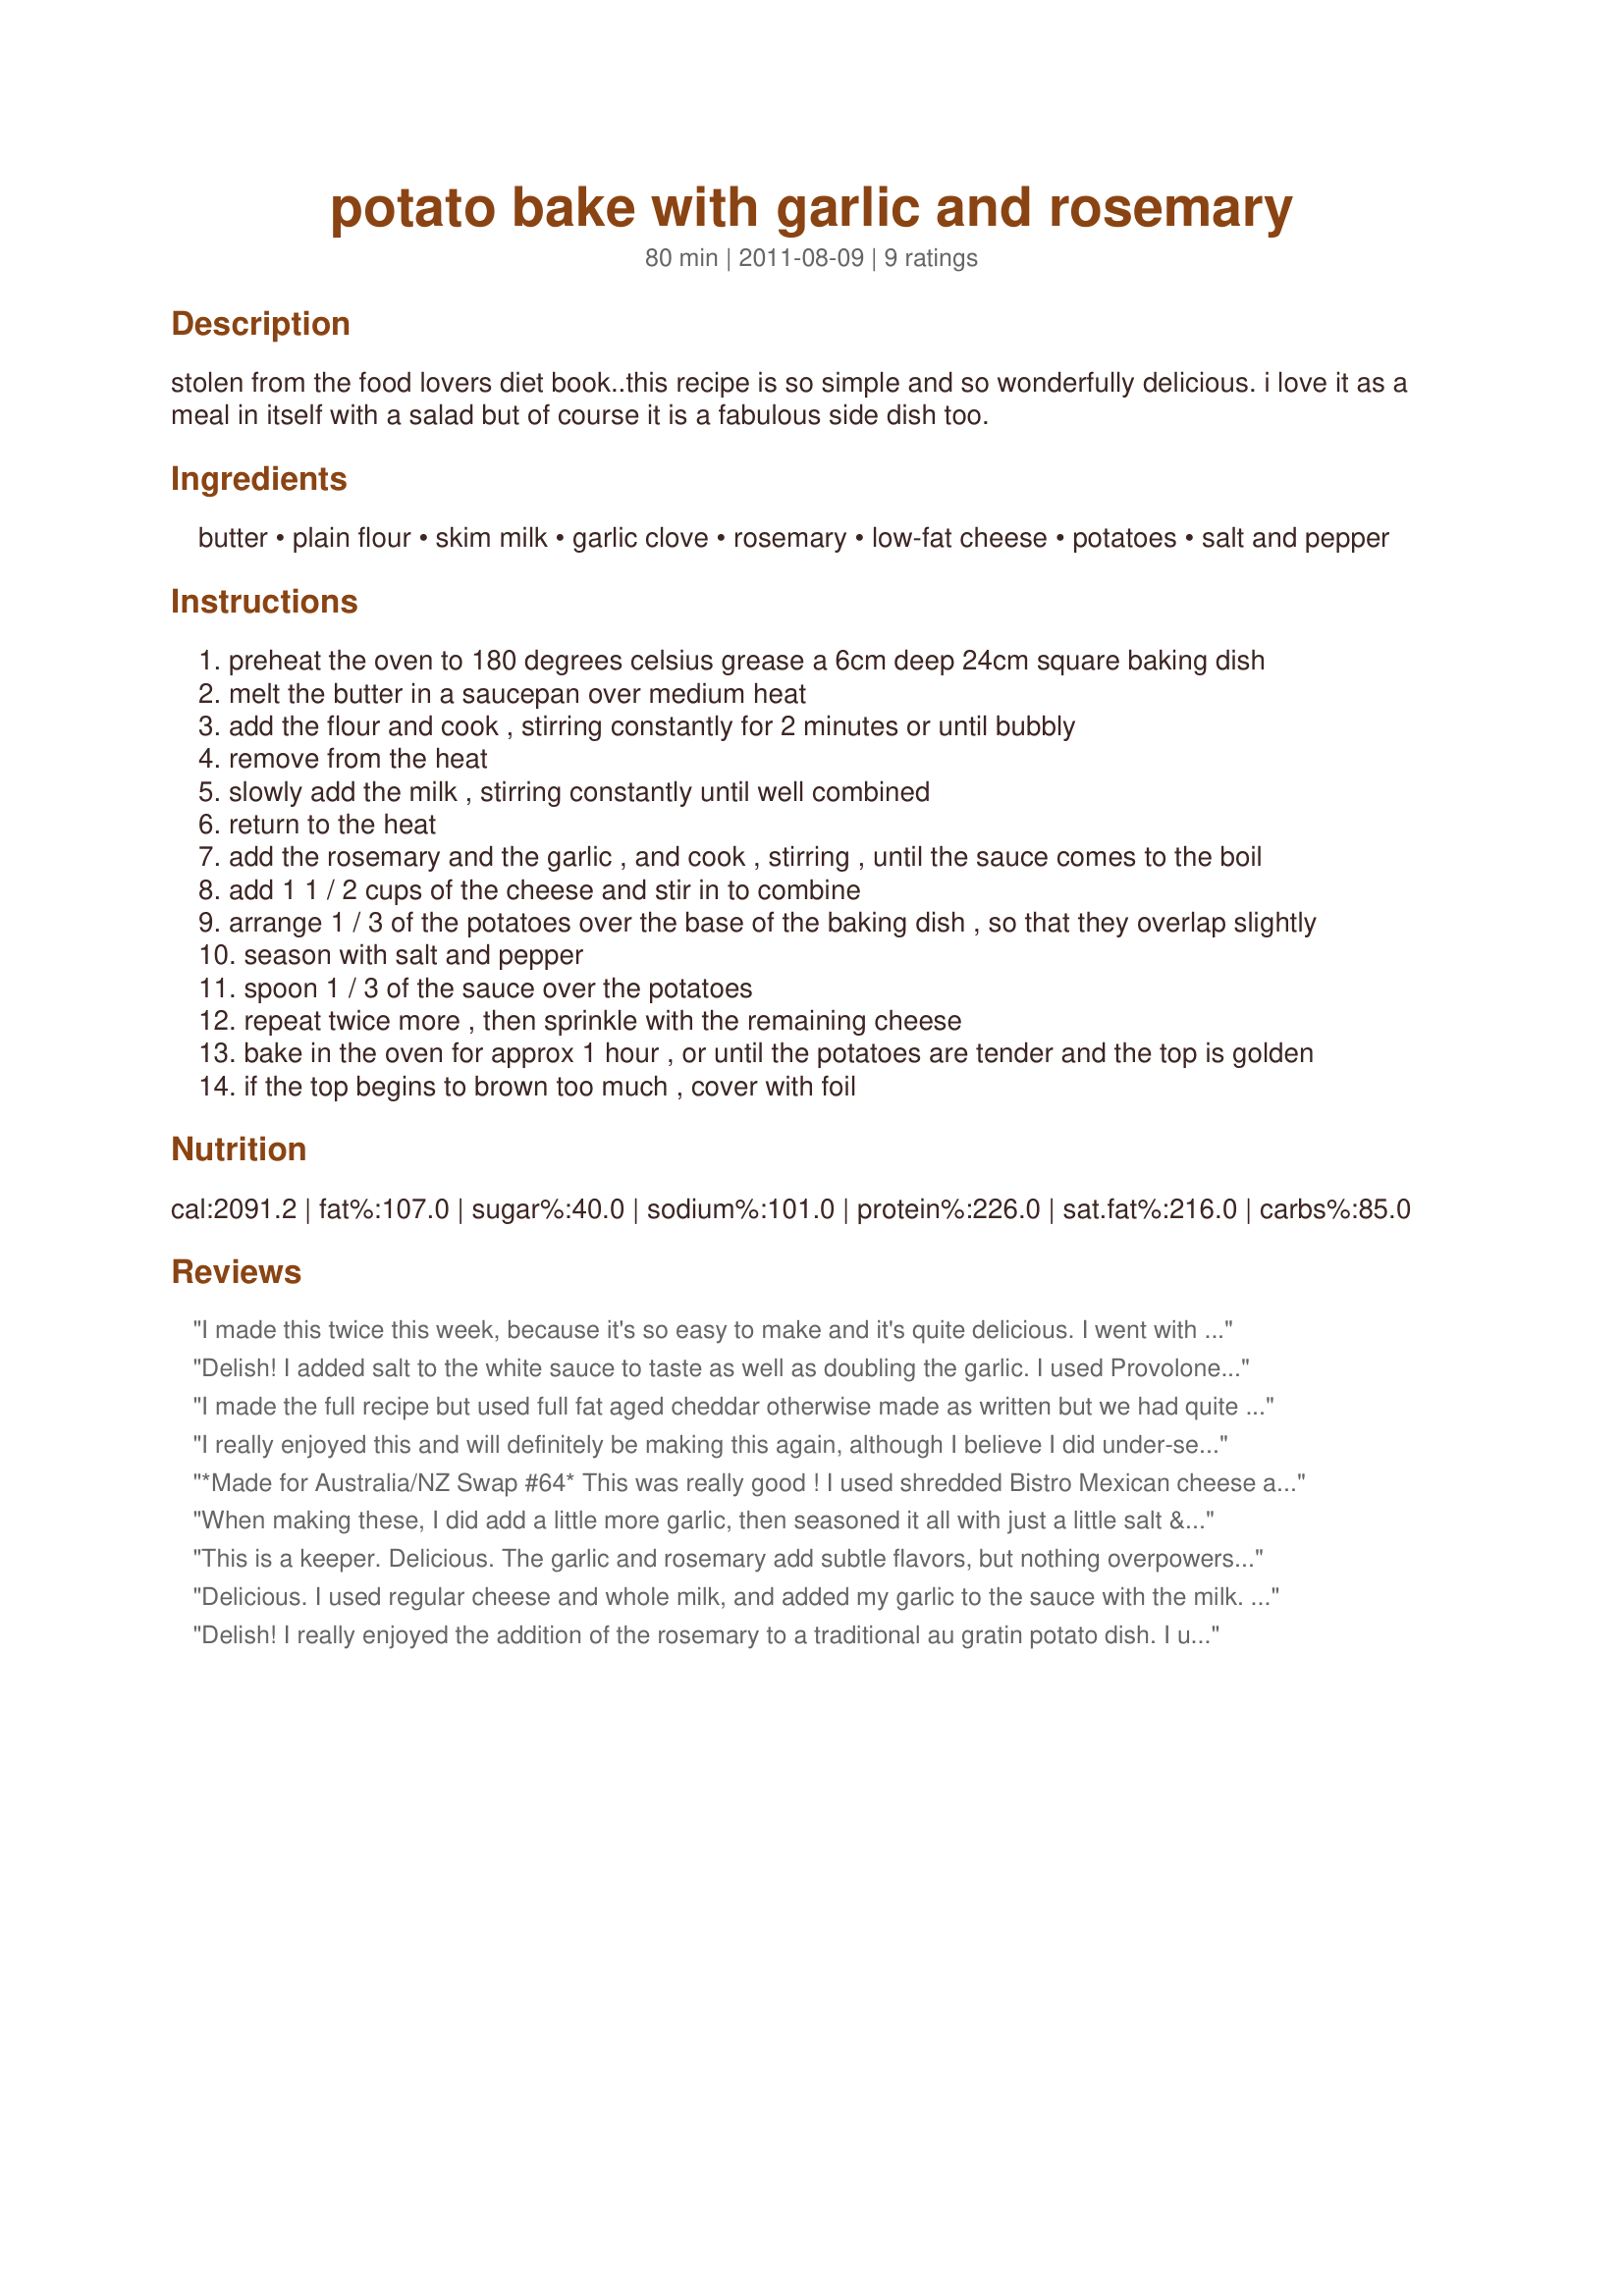
potato bake with garlic and rosemary
Preparation time: 80 minutes

stolen from the food lovers diet book..this recipe is so simple and so wonderfully delicious. i love it as a meal in itself with a salad but of course it is a fabulous side dish too.

Ingredients:
butter, plain flour, skim milk, garlic clove, rosemary, low-fat cheese, potatoes, salt and pepper

Steps:
preheat the oven to 180 degrees celsius grease a 6cm deep 24cm square baking dish
melt the butter in a saucepan over medium heat
add the flour and cook , stirring constantly for 2 minutes or until bubbly
remove from the heat
slowly add the milk , stirring constantly until well combined
return to the heat
add the rosemary and the garlic , and cook , stirring , until the sauce comes to the boil
add 1 1 / 2 cups of the cheese and stir in to combine
arrange 1 / 3 of the potatoes over the base of the baking dish , so that they overlap slightly
season with salt and pepper
spoon 1 / 3 of the sauce over the potatoes
repeat twice more , then sprinkle with the remaining cheese
bake in the oven for approx 1 hour , or until the potatoes are tender and the top is golden
if the top begins to brown too much , cover with foil

Reviews:
I made this twice this week, because it's so easy to make and it's quite delicious. I went with other reviewers and added minced garlic (personal preference--I'm sure the recipe would be excellent as written, too). My only comment would be that this simply was not substantial enough to be a main dish for my family. I don't know if we are big eaters or what, but for us it was a side dish. I served it with baked fish the first time and broiled chicken the second time, and it was a great side dish for both meals. Thanks for sharing your recipe, Noo. Made for Please Review My Recipe tag game.
Delish! I added salt to the white sauce to taste as well as doubling the garlic. I used Provolone cheese and used 1 1/2 cup total, shredded. It was perfect after 1 hour. Servings are 4-6 in my estimation.
I made the full recipe but used full fat aged cheddar otherwise made as written but we had quite a bit left over (will freeze for DH to take to work when on night shift) so for us this would easily serve 6 and could be stretched to 8 especially if other vegies are being served. Thank you Noo for a different cheese bake that I am sure will be made again, made for Aussie/Kiwi Recipe Swal #71 December 2012.
I really enjoyed this and will definitely be making this again, although I believe I did under-season it. I was nervous about adding salt because I wasn't sure how salty the cheese sauce would be. I forgot that potatoes really absorb salt. Anyway, I will also double the garlic as other reviewers suggested. The flavor of the rosemary really comes through, giving this a depth of flavor. I used a mild cheddar cheese and cooked this for exactly 1 hour. However, I was afraid that a 9-inch square baking pan would not be large enough, so I used a 11x7x2-inch glass dish. It was perfect. I sliced the potatoes really thin, using a mandolin slicer. I will definitely try this again!
*Made for Australia/NZ Swap #64* This was really good ! I used shredded Bistro Mexican cheese and fresh rosemary, baked for 1 hour at 350* earlier (in danger of loosing power) - and left in warming drawer for almost 1 hour. They were really creamy and perfectly seasoned. Will definitely be a repeater ! Thanks for posting, Noo !<br/>I learned a trick from an earlier sliced potato recipe -- left the slices in a bowl with 1 bottle of beer (any kind) - for 1/2 hour or more. Have no idea of the chemical reaction -- but any time I have done this, the potatoes are always creamy and tasty. My slices were very thin -- from large-slice side of box grater, so no question of them being done in 1 hour.
When making these, I did add a little more garlic, then seasoned it all with just a little salt & a little more than 1/4 teaspoon of lemon pepper, but otherwise followed your recipe & we were totally satisfied with this potato dish! Just the 2 of us, & we enjoyed them the second time around, too, with just enough more left over for me to snack on! Thanks for posting the recipe! [Made & reviewed during the current ADOPT A TAG event]
This is a keeper. Delicious. The garlic and rosemary add subtle flavors, but nothing overpowers. I used sharp cheddar, but would be good with provolone also. Perfect side dish to a pork roast. And pretty easy to put together.
Delicious. I used regular cheese and whole milk, and added my garlic to the sauce with the milk. Used thyme instead of rosemary. I made about half a recipe, and made two layers of it in a 1 qt baking dish. and baked it for 45 minutes. An excellent side.
Delish! I really enjoyed the addition of the rosemary to a traditional au gratin potato dish. I used regular cheddar and low fat milk. I made a single serving and wanted to eat in less than an hour so I sliced and microwaved my potato for 3 minutes with a little butter then added the sauce and baked for 30 minutes at 400. It came out just right the potatoes were cooked through and the flaver permeated the entire dish. Made for PRMRT.
